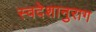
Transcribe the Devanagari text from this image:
स्वदेशानुराग